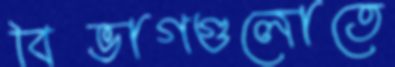
বিভাগগুলোতে